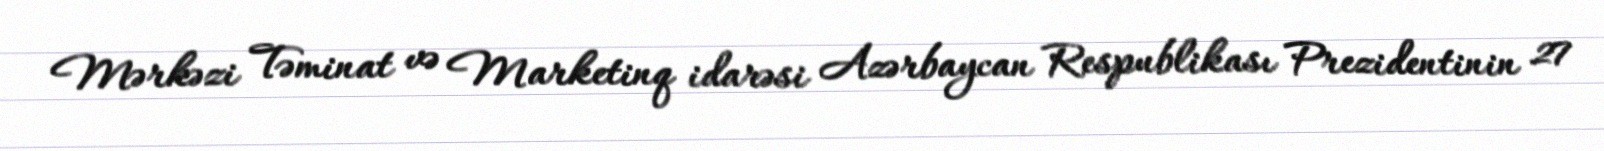
Mərkəzi Təminat və Marketinq idarəsi Azərbaycan Respublikası Prezidentinin 27